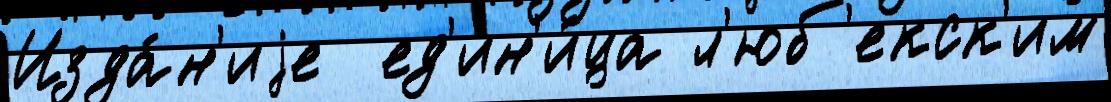
Изда́н'иjе  ед'ин'и́ца л'юб'екск'им